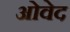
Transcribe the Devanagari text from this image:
ओवेद